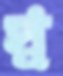
স্ব